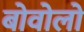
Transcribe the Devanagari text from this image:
बोवोलो